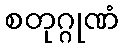
စတုဂ္ဂုဏံ